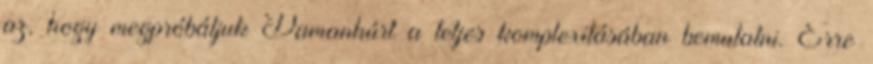
az, hogy megpróbáljuk Damanhúrt a teljes komplexitásában bemutatni. Erre